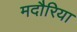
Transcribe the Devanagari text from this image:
मदौरिया